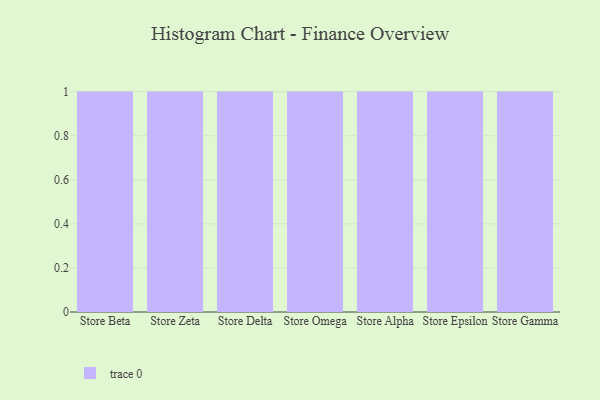
{"axis": {"x": "Store", "y": "Bounce Rate (%)"}, "legend": [""], "data": [{"x": "Store Beta", "y": 57, "type": ""}, {"x": "Store Zeta", "y": 84, "type": ""}, {"x": "Store Delta", "y": 44, "type": ""}, {"x": "Store Omega", "y": 96, "type": ""}, {"x": "Store Alpha", "y": 87, "type": ""}, {"x": "Store Epsilon", "y": 59, "type": ""}, {"x": "Store Gamma", "y": 16, "type": ""}]}